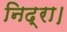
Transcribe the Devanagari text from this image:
निद्रा।